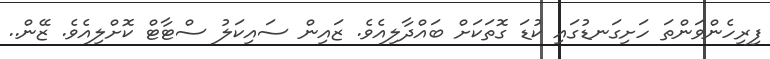
ފިރިހެންވަންތަ ހަށިގަނޑުގައި ކުޑަ ގޮތަކަށް ބައްދާލިއެވެ. ޒައިން ސައިކަލު ސްޓާޓް ކޮށްލިއެވެ. ޒޭން..